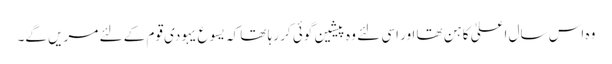
وہ اس سال اعلیٰ کاہن تھا اور اسی لئے وہ پیشین گوئی کر رہا تھا کہ یسوع یہودی قوم کے لئے مریں گے۔